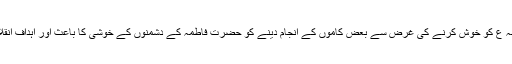
[17] آیت اللہ خامنہ ای نے حضرت فاطمہ ع کو خوش کرنے کی غرض سے بعض کاموں کے انجام دینے کو حضرت فاطمہ کے دشمنوں کے خوشی کا باعث اور اہداف انقلاب اسلامی ایران کے مخالف بیان کیا ہے۔